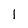
Character: l